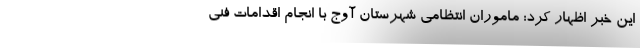
این خبر اظهار کرد: ماموران انتظامی شهرستان آوج با انجام اقدامات فنی